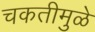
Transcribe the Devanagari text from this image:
चकतीमुळे